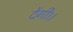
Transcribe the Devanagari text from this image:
देंगी।।